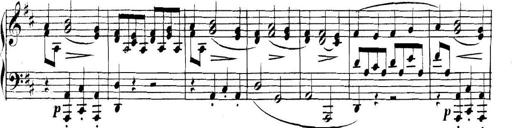
Title: Collected Piano Sonatas
Composer: Muzio Clementi